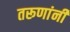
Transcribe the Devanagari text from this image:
तरूणांनी